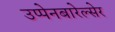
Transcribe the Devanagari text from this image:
उप्पेनबारेल्सेर